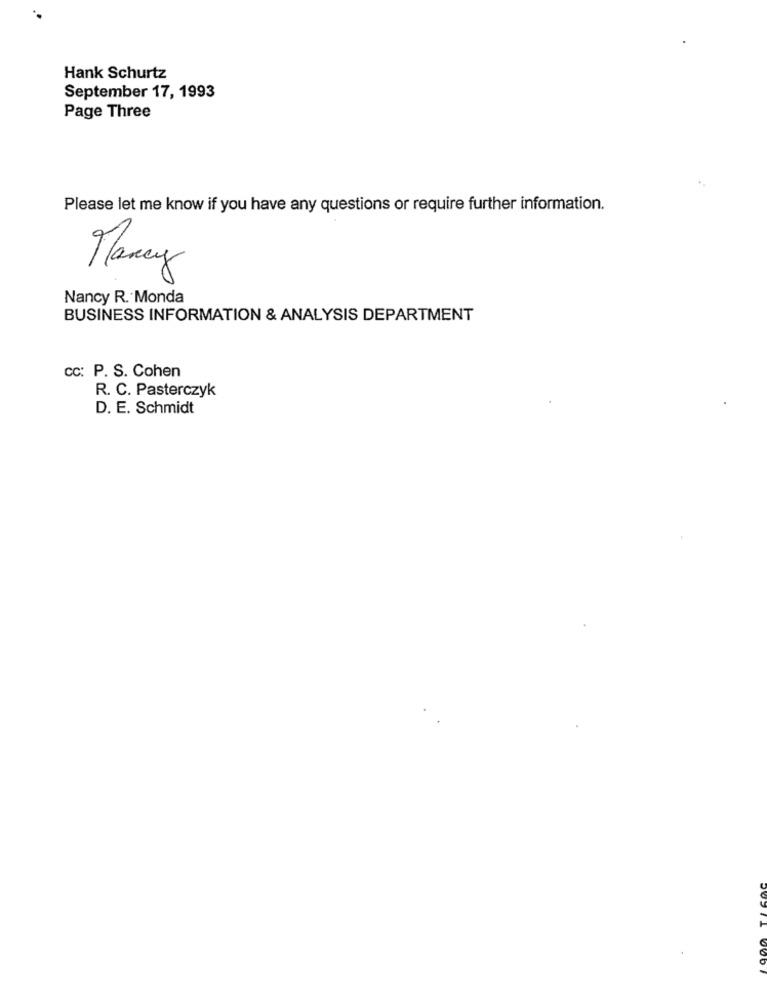
Hank Schurtz
September 17, 1993
Page Three
Please let me know if you have any questions or require further information.
Mancy
Nancy R. Monda
BUSINESS INFORMATION & ANALYSIS DEPARTMENT
CC: P. S. Cohen
R. C. Pasterczyk
D. E. Schmidt